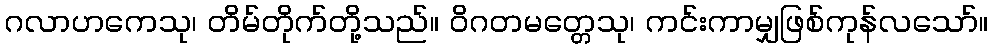
ဂလာဟကေသု၊ တိမ်တိုက်တို့သည်။ ဝိဂတမတ္တေသု၊ ကင်းကာမျှဖြစ်ကုန်လသော်။